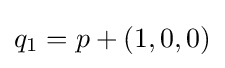
q_{1}=p+(1,0,0)